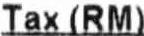
TAX (RM)